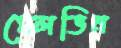
মেলভিন